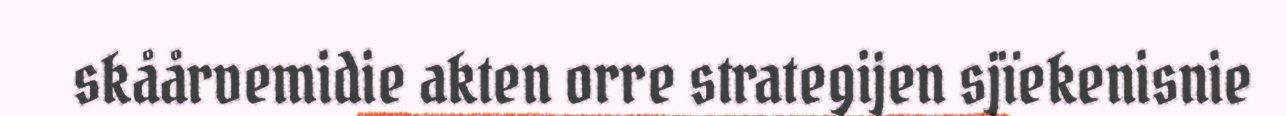
skåårvemidie akten orre strategijen sjïekenisnie